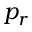
p _ { r }